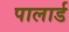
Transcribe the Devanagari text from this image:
पालार्ड